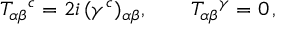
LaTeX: T _ { \alpha \beta } { } ^ { c } = 2 i \, ( \gamma ^ { c } ) _ { \alpha \beta } , \qquad T _ { \alpha \beta } { } ^ { \gamma } = 0 \, ,